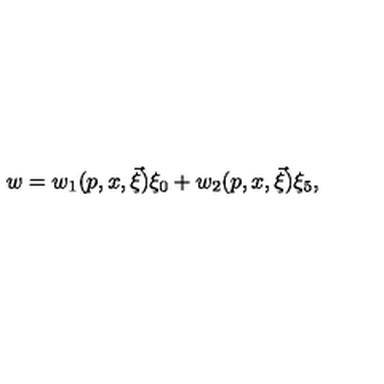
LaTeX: w = w _ { 1 } ( p , x , \vec { \xi } ) \xi _ { 0 } + w _ { 2 } ( p , x , \vec { \xi } ) \xi _ { 5 } ,